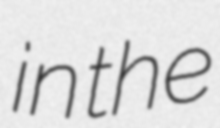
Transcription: in the